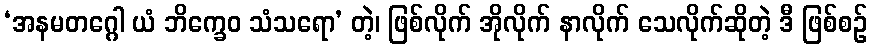
‘အနမတဂ္ဂေါ ယံ ဘိက္ခေဝ သံသရော’ တဲ့၊ ဖြစ်လိုက် အိုလိုက် နာလိုက် သေလိုက်ဆိုတဲ့ ဒီ ဖြစ်စဉ်